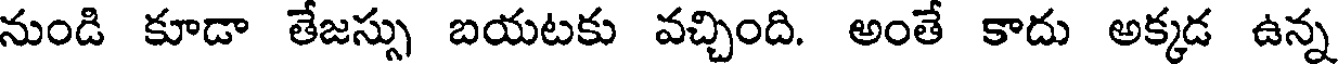
నుండి కూడా తేజస్సు బయటకు వచ్చింది. అంతే కాదు అక్కడ ఉన్న